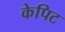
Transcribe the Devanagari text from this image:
केपिट